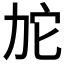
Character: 𱐯